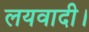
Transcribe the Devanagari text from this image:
लयवादी।